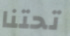
تحتنا